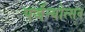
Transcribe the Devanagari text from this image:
पर्जन्योत्सव